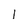
Character: 1